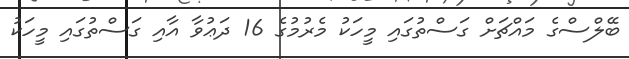
ބޭލްސްގެ މައްޗަށް ގަސްތުގައި މީހަކު މެރުމުގެ 16 ދަޢުވާ އާއި ގަސްތުގައި މީހަކު